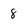
Character: 8